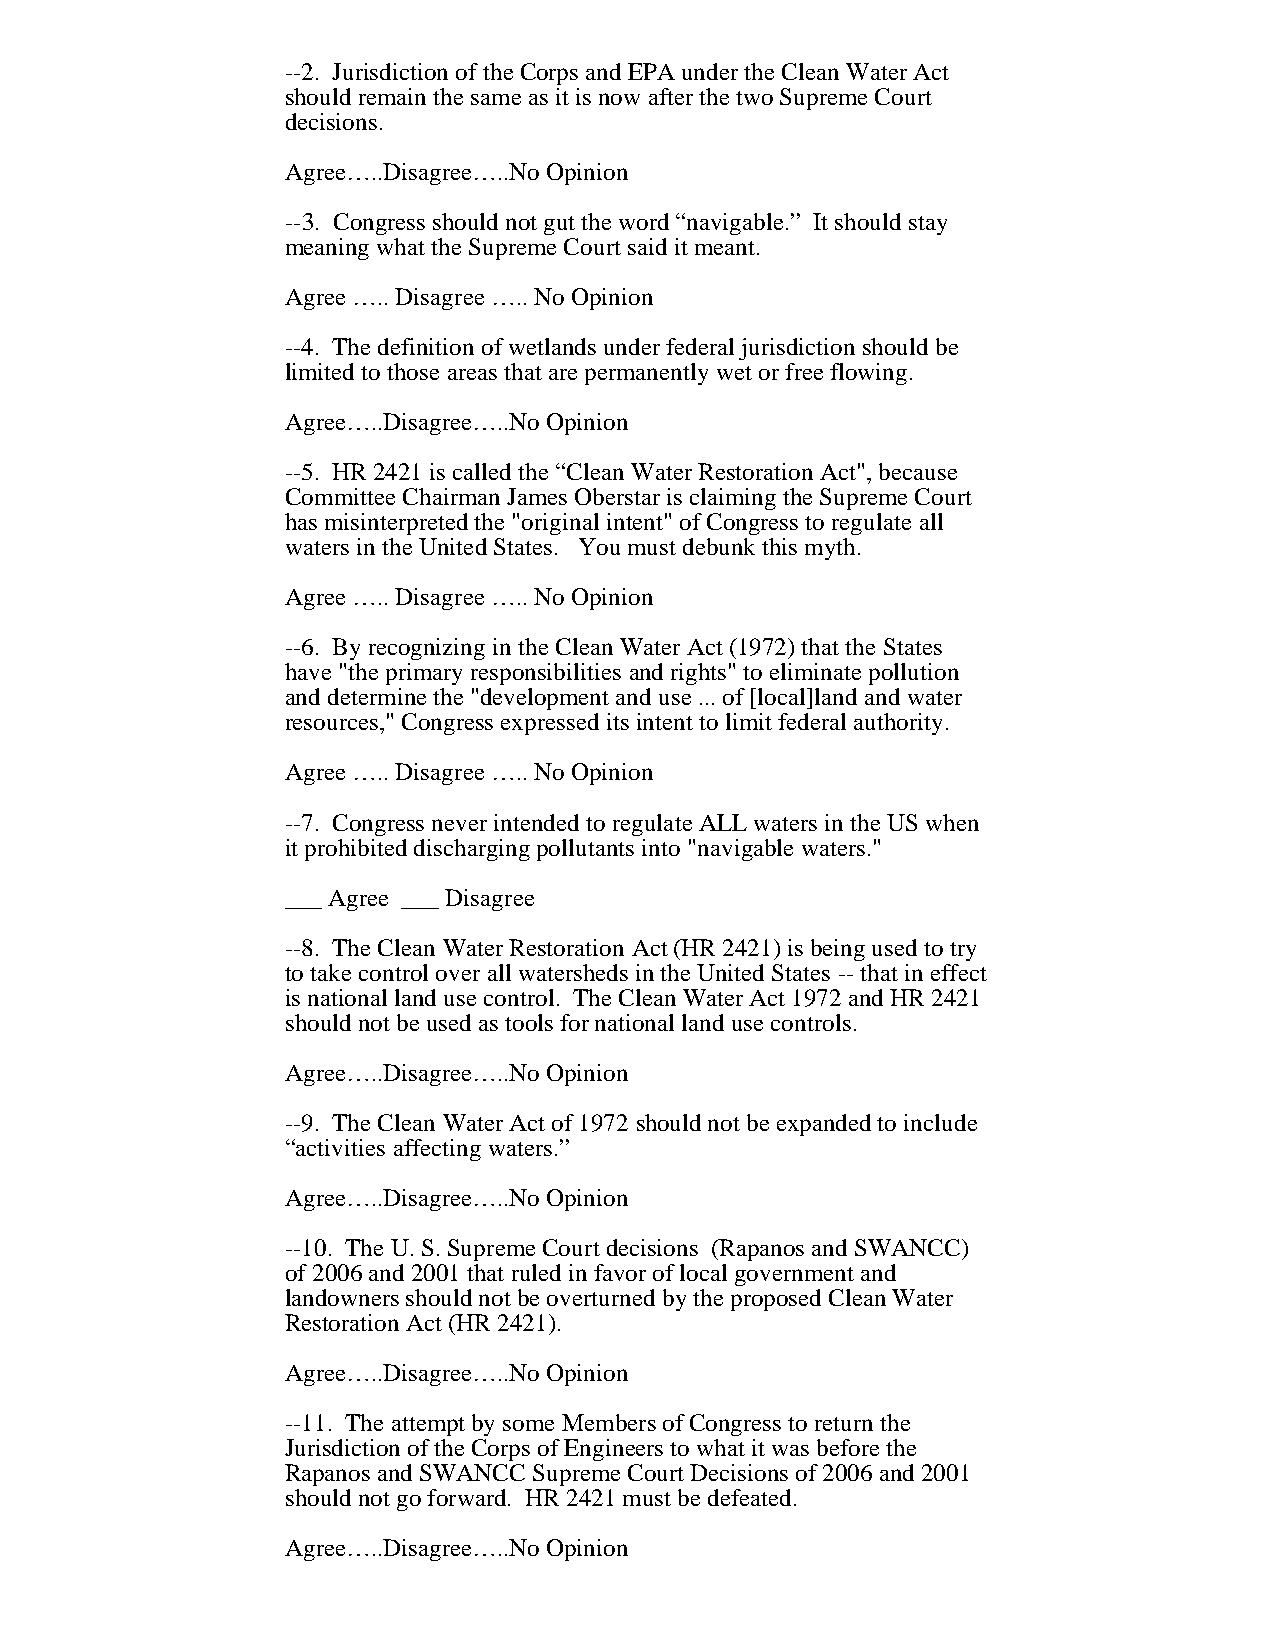
--2. Jurisdiction of the Corps and EPA under the Clean Water Act
 should remain the same as it is now after the two Supreme Court
 decisions.
 Agree…..Disagree…..No Opinion
 --3. Congress should not gut the word “navigable.” It should stay
 meaning what the Supreme Court said it meant.
 Agree ….. Disagree ….. No Opinion
 --4. The definition of wetlands under federal jurisdiction should be
 limited to those areas that are permanently wet or free flowing.
 Agree…..Disagree…..No Opinion
 --5. HR 2421 is called the “Clean Water Restoration Act", because
 Committee Chairman James Oberstar is claiming the Supreme Court
 has misinterpreted the "original intent" of Congress to regulate all
 waters in the United States. You must debunk this myth.
 Agree ….. Disagree ….. No Opinion
 --6. By recognizing in the Clean Water Act (1972) that the States
 have "the primary responsibilities and rights" to eliminate pollution
 and determine the "development and use ... of [local]land and water
 resources," Congress expressed its intent to limit federal authority.
 Agree ….. Disagree ….. No Opinion
 --7. Congress never intended to regulate ALL waters in the US when
 it prohibited discharging pollutants into "navigable waters."
 ___ Agree ___ Disagree
 --8. The Clean Water Restoration Act (HR 2421) is being used to try
 to take control over all watersheds in the United States -- that in effect
 is national land use control. The Clean Water Act 1972 and HR 2421
 should not be used as tools for national land use controls.
 Agree…..Disagree…..No Opinion
 --9. The Clean Water Act of 1972 should not be expanded to include
 “activities affecting waters.”
 Agree…..Disagree…..No Opinion
 --10. The U. S. Supreme Court decisions (Rapanos and SWANCC)
 of 2006 and 2001 that ruled in favor of local government and
 landowners should not be overturned by the proposed Clean Water
 Restoration Act (HR 2421).
 Agree…..Disagree…..No Opinion
 --11. The attempt by some Members of Congress to return the
 Jurisdiction of the Corps of Engineers to what it was before the
 Rapanos and SWANCC Supreme Court Decisions of 2006 and 2001
 should not go forward. HR 2421 must be defeated.
 Agree…..Disagree…..No Opinion